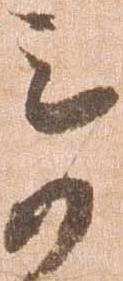
奇